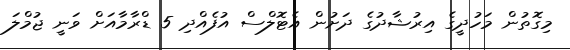
މިގޮތުން މަހުދީގެ އިރުޝާދުގެ ދަށުން އެޓޮލްސް އުފެއްދި 5 ޑްރާމާއަށް ވަނީ ޖުމްލަ